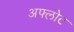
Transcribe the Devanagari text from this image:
अफ्लोट